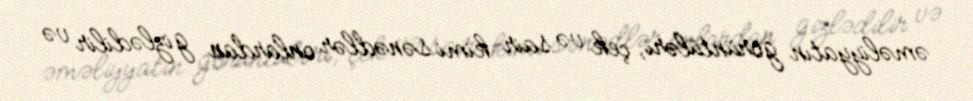
əməliyyatın görüntüləri, çek və sair kimi sənədlər onlardan gizlədilir və